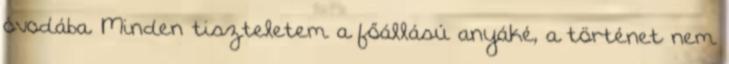
óvodába. Minden tiszteletem a főállású anyáké, a történet nem